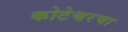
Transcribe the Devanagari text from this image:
कोटेश्वरचा